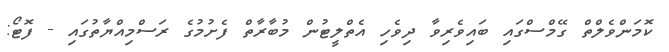
ކޮމަންވެލްތް ގޭމްސްގައި ބައިވެރިވާ ދިވެހި އެތްލީޓުން މުބާރާތް ފެށުމުގެ ރަސްމިއްޔާތުގައި - ފޮޓޯ: